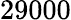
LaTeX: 29000